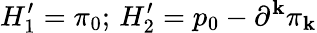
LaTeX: H_{1}^{\prime}=\pi_{0};_{}{}_{}H_{2}^{\prime}=p_{0}-\partial^{\mathbf{k}}\pi_{\mathbf{k}}